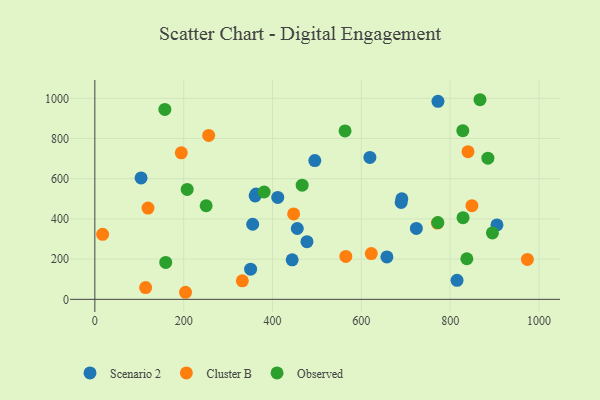
{"axis": {"x": "Study Hours", "y": "Exam Score"}, "legend": ["Cluster B", "Observed", "Scenario 2"], "data": [{"x": "495.3", "y": 690.4, "type": "Scenario 2"}, {"x": "355.4", "y": 373.6, "type": "Scenario 2"}, {"x": "815.5", "y": 94.4, "type": "Scenario 2"}, {"x": "361.0", "y": 514.1, "type": "Scenario 2"}, {"x": "455.8", "y": 352.4, "type": "Scenario 2"}, {"x": "723.9", "y": 352.9, "type": "Scenario 2"}, {"x": "411.8", "y": 507.2, "type": "Scenario 2"}, {"x": "104.1", "y": 604.1, "type": "Scenario 2"}, {"x": "772.6", "y": 984.9, "type": "Scenario 2"}, {"x": "477.6", "y": 286.6, "type": "Scenario 2"}, {"x": "689.7", "y": 481.6, "type": "Scenario 2"}, {"x": "619.3", "y": 705.9, "type": "Scenario 2"}, {"x": "350.7", "y": 150.1, "type": "Scenario 2"}, {"x": "444.3", "y": 196.7, "type": "Scenario 2"}, {"x": "362.9", "y": 524.0, "type": "Scenario 2"}, {"x": "905.4", "y": 370.0, "type": "Scenario 2"}, {"x": "657.6", "y": 211.2, "type": "Scenario 2"}, {"x": "691.2", "y": 500.4, "type": "Scenario 2"}, {"x": "840.2", "y": 734.8, "type": "Cluster B"}, {"x": "622.4", "y": 227.4, "type": "Cluster B"}, {"x": "771.2", "y": 379.3, "type": "Cluster B"}, {"x": "114.3", "y": 58.5, "type": "Cluster B"}, {"x": "204.2", "y": 35.1, "type": "Cluster B"}, {"x": "119.7", "y": 454.1, "type": "Cluster B"}, {"x": "256.3", "y": 815.2, "type": "Cluster B"}, {"x": "973.9", "y": 198.5, "type": "Cluster B"}, {"x": "565.1", "y": 213.2, "type": "Cluster B"}, {"x": "332.1", "y": 92.0, "type": "Cluster B"}, {"x": "849.0", "y": 465.9, "type": "Cluster B"}, {"x": "17.5", "y": 323.5, "type": "Cluster B"}, {"x": "447.6", "y": 424.7, "type": "Cluster B"}, {"x": "194.6", "y": 729.0, "type": "Cluster B"}, {"x": "563.4", "y": 837.8, "type": "Observed"}, {"x": "828.5", "y": 839.2, "type": "Observed"}, {"x": "381.2", "y": 533.9, "type": "Observed"}, {"x": "159.6", "y": 183.6, "type": "Observed"}, {"x": "250.6", "y": 465.6, "type": "Observed"}, {"x": "772.3", "y": 381.9, "type": "Observed"}, {"x": "207.9", "y": 546.6, "type": "Observed"}, {"x": "885.0", "y": 702.3, "type": "Observed"}, {"x": "867.2", "y": 993.0, "type": "Observed"}, {"x": "837.6", "y": 201.8, "type": "Observed"}, {"x": "157.6", "y": 944.7, "type": "Observed"}, {"x": "466.8", "y": 568.0, "type": "Observed"}, {"x": "895.2", "y": 330.3, "type": "Observed"}, {"x": "829.0", "y": 406.3, "type": "Observed"}]}